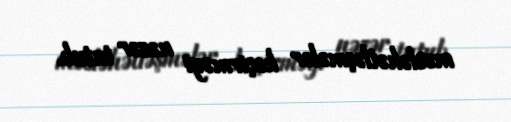
məsləhətləşmələr keçirməyi nəzər tutub.